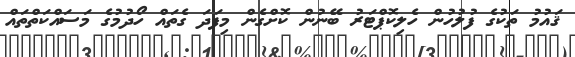
ޤައުމު ތަކުގެ ފުލުހުން ހެލިކޮޕްޓަރު ބޭނުން ކޮށްގެން މިފަދަ ގެތައް ހޯދުމުގެ މަސައްކަތްތައް